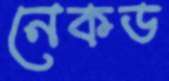
নেকড